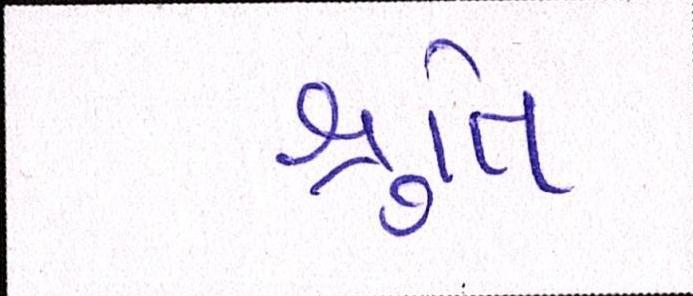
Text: શ્રુતિ